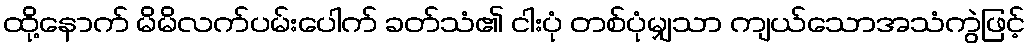
ထို့နောက် မိမိလက်ပမ်းပေါက် ခတ်သံ၏ ငါးပုံ တစ်ပုံမျှသာ ကျယ်သောအသံကွဲဖြင့်